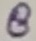
Text: 9